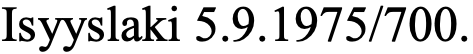
Isyyslaki 5.9.1975/700.